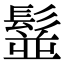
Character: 䰃